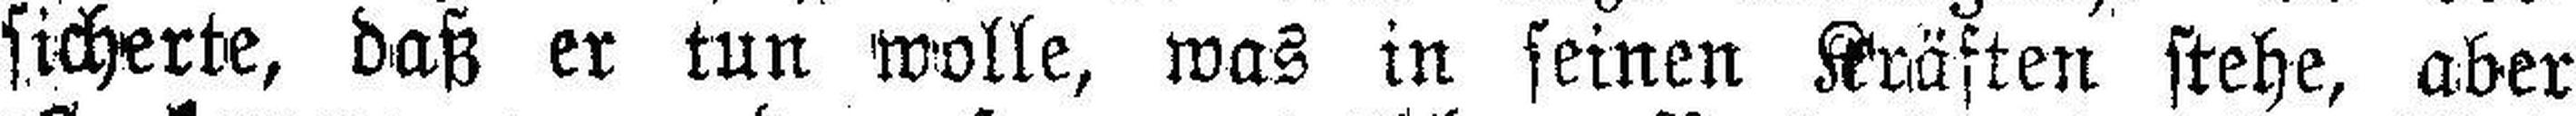
sicherte, daß er tun wolle, was in seinen Kräften stehe, aber